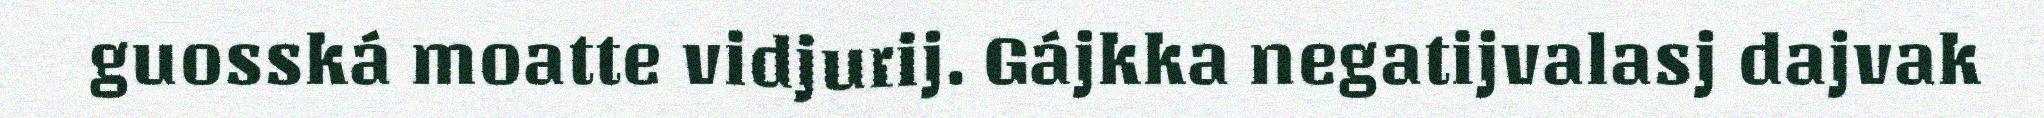
guosská moatte vidjurij. Gájkka negatijvalasj dajvak